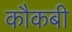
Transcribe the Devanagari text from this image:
कौकबी